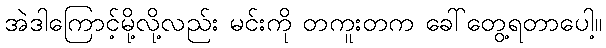
အဲဒါကြောင့်မို့လို့လည်း မင်းကို တကူးတက ခေါ်တွေ့ရတာပေါ့။